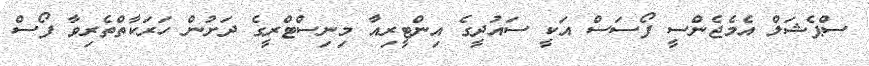
ސްޕެޝަލް އެމެޖެންސީ ފޯސަސް އަކީ ސައުދީގެ އިންޓީރިއާ މިނިސްޓްރީގެ ދަށުން ހަރަކާތްތެރިވާ ފޯސް